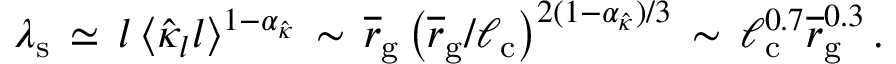
\lambda _ { \mathrm { s } } \, \simeq \, l \, \langle \hat { \kappa } _ { l } l \rangle ^ { 1 - \alpha _ { \hat { \kappa } } } \, \sim \, \overline { r } _ { \mathrm { g } } \left( \overline { r } _ { \mathrm { g } } / \ell _ { \mathrm { c } } \right) ^ { 2 ( 1 - \alpha _ { \hat { \kappa } } ) / 3 } \, \sim \, \ell _ { \mathrm { c } } ^ { 0 . 7 } \overline { r } _ { \mathrm { g } } ^ { 0 . 3 } \, .